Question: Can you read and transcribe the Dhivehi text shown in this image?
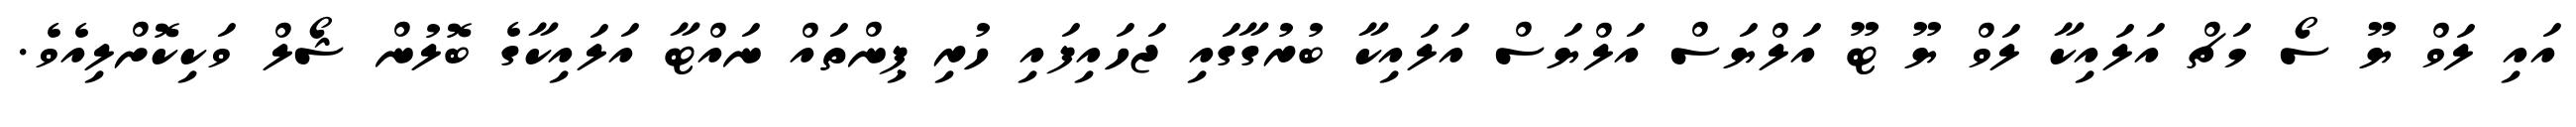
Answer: އައި ލަވް ޔޫ ސޯ މަޗް އަލައިކާ ލަވް ޔޫ ޓޫ އަލްޔަސް އަލްޔަސް އަލައިކާ ބުރުގާގައި ޖަހައިފައި ހުރި ޕިންތައް ނައްޓާ އަލައިކާގެ ބޮލުން ޝޯލް ވަކިކޮށްލިއެވެ.